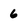
Character: 6